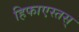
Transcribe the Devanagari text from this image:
हिफाएस्तस्‌